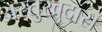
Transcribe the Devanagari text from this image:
अस्तुखुदास